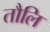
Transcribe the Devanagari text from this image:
तौलि